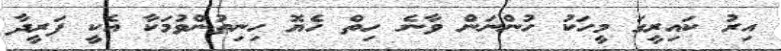
އިރު ކައިރީގަ މީހަކު ހުންނަން ވާނެ ހިތް ހެޔޮ ހިނިތުންވުމަކާ އެކީ ފަރީދާ